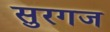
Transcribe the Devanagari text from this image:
सुरगज